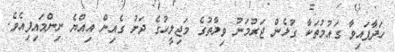
ހަދާފައިވާ ގައުމުތަކާ ގުޅެން ޖަރުމަނު ވިލާތުގެ މަޖިލީހުގެ ދަށު ގެއިން އިއްޔެ ނިންމައިފިއެވެ.